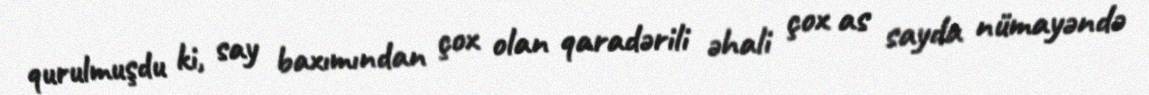
qurulmuşdu ki, say baxımından çox olan qaradərili əhali çox as sayda nümayəndə